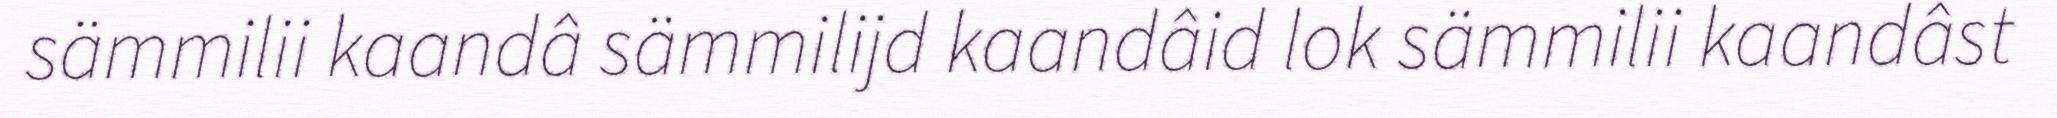
sämmilii kaandâ sämmilijd kaandâid lok sämmilii kaandâst